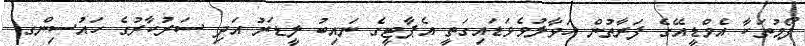
ފޯމުތަކާ އެމްޑީއޭގެ ފަރާތުން ހަވާލުވެވަޑައިގަތީ އެޕާޓީގެ ނައިބު ލީޑަރު އަދި ސަރުކާރުގެ ހައުސިންގ